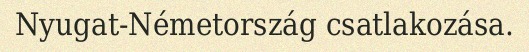
Nyugat-Németország csatlakozása.